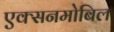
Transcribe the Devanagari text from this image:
एक्सनमोबिल